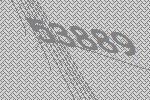
53889